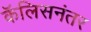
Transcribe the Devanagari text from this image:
कॅलिसनंतर